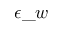
\epsilon \_ w